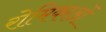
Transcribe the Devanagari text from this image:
रोमिकाओं